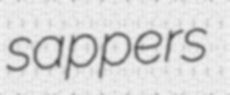
sappers